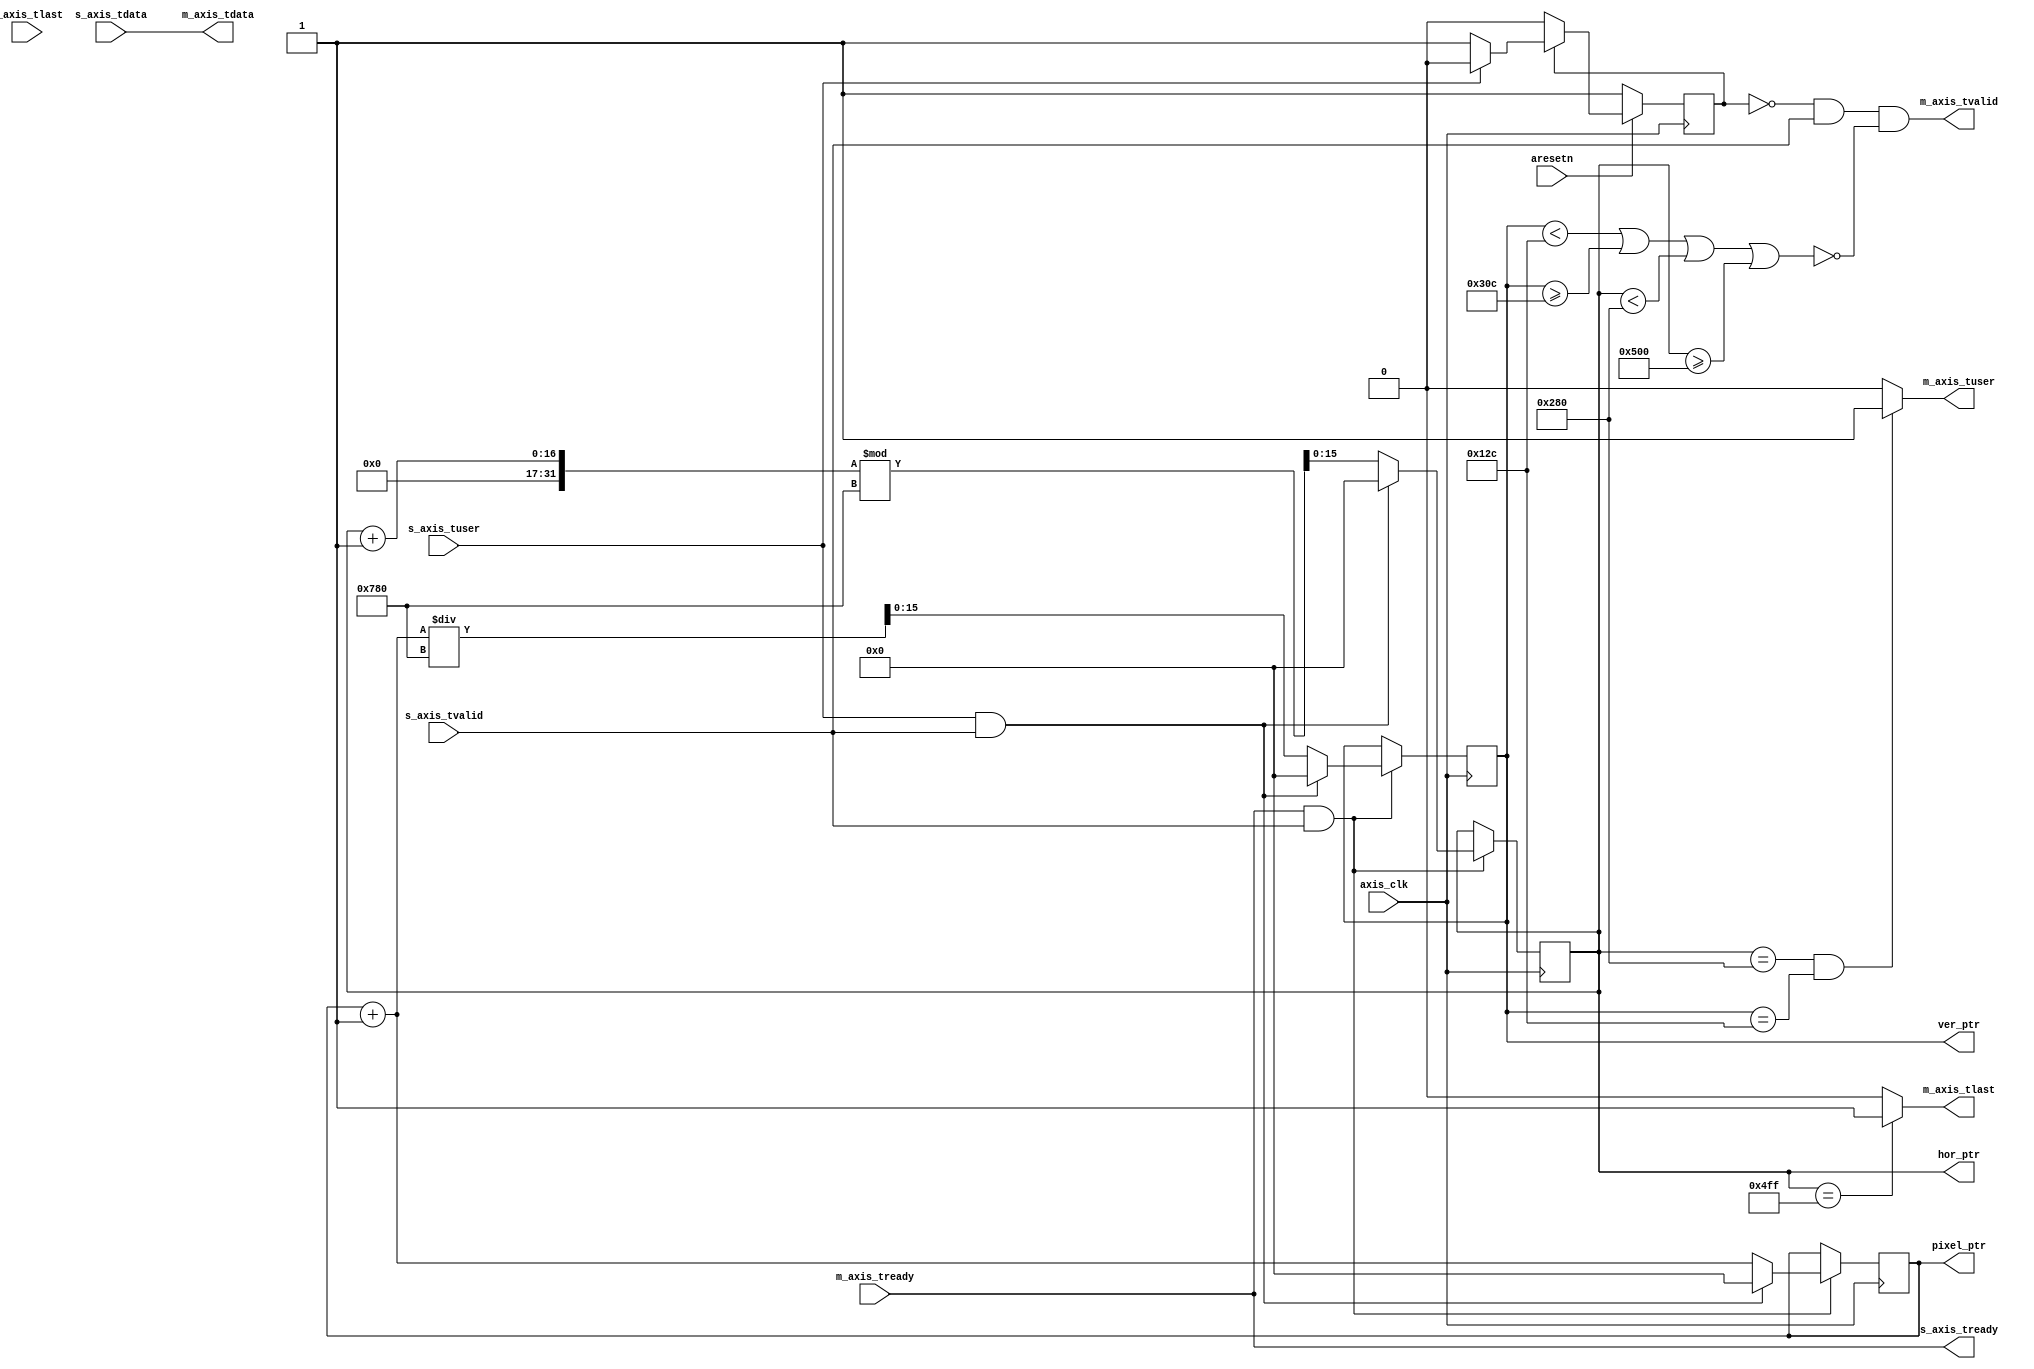
module axis_video_crop #
(
    parameter VIDEO_IN_W  = 1920,
    parameter VIDEO_IN_H  = 1080,
    parameter H_OFFSET    = 640,
    parameter V_OFFSET    = 300,
    parameter VIDEO_OUT_W = 640,
    parameter VIDEO_OUT_H = 480,
    
    parameter DATA_WIDTH  = 24,
    parameter USER_WIDTH  = 1
)
(
    /*
     * AXIS input
     */
    input  wire                   axis_clk,
    input  wire                   aresetn,
    
    input  wire [DATA_WIDTH-1:0]  s_axis_tdata,
    input  wire                   s_axis_tvalid,
    output wire                   s_axis_tready,
    input  wire                   s_axis_tlast,
    input  wire [USER_WIDTH-1:0]  s_axis_tuser,
    
    
    /*
     * AXIS ouptput
     */
    output wire [DATA_WIDTH-1:0]  m_axis_tdata,
    output wire                   m_axis_tvalid,
    input  wire                   m_axis_tready,
    output wire                   m_axis_tlast,
    output wire [USER_WIDTH-1:0]  m_axis_tuser,
    
    
    output wire [15:0]            pixel_ptr,
    output wire [15:0]            hor_ptr,
    output wire [15:0]            ver_ptr
);
   
    reg [15:0] pixel_cnt = 0;
    reg [15:0] h_ptr     = 0;
    reg [15:0] v_ptr     = 0;
    
    reg  rst = 1;
    wire open_path;
    
    assign open_path = m_axis_tready & s_axis_tvalid;
    
    assign pixel_ptr = pixel_cnt;
    assign hor_ptr = h_ptr;
    assign ver_ptr = v_ptr;
       
    
    always @ (posedge axis_clk) begin
        if (!aresetn) rst = 1;
        else if (rst) begin
            if (s_axis_tuser) rst = 0;
            else rst = rst;
        end
        
        if (open_path) begin
            if (s_axis_tuser & s_axis_tvalid) begin
                pixel_cnt = 0;
                h_ptr     = 0;
                v_ptr     = 0;
            end
            else begin
                pixel_cnt = pixel_cnt + 1;
                h_ptr = (h_ptr + 1) % VIDEO_IN_W;
                v_ptr = pixel_cnt / VIDEO_IN_W;
            end
        end
    end
    
    
    assign m_axis_tvalid = !rst & 
                           s_axis_tvalid & 
                           !( v_ptr < V_OFFSET || v_ptr >= V_OFFSET + VIDEO_OUT_H  || 
                           h_ptr < H_OFFSET || h_ptr >= H_OFFSET + VIDEO_OUT_W  );
    assign s_axis_tready = m_axis_tready;
    assign m_axis_tuser  = (h_ptr == H_OFFSET && v_ptr == V_OFFSET) ? 1 : 0;
    assign m_axis_tlast  = (h_ptr == (H_OFFSET + VIDEO_OUT_W) - 1 ) ? 1 : 0;
    assign m_axis_tdata  = s_axis_tdata;
    
endmodule